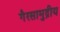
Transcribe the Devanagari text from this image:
गैरसामुद्रीय